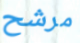
مرشح